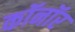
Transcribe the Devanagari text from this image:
कॉनॉर